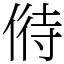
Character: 偫